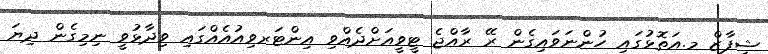
ޝިފާޒް މ.އަތޮޅުގައި ހުންނަވައިގެން ރޭ ރާއްޖެ ޓީވީއަށްދެއްވި އިންޓަރވިއުއެއްގައި ވިދާޅުވީ ނިމިގެން ދިޔަ